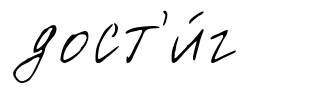
дост'и́г